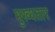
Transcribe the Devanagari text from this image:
मुख्यतार